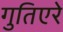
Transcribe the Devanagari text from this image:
गुतिएरे